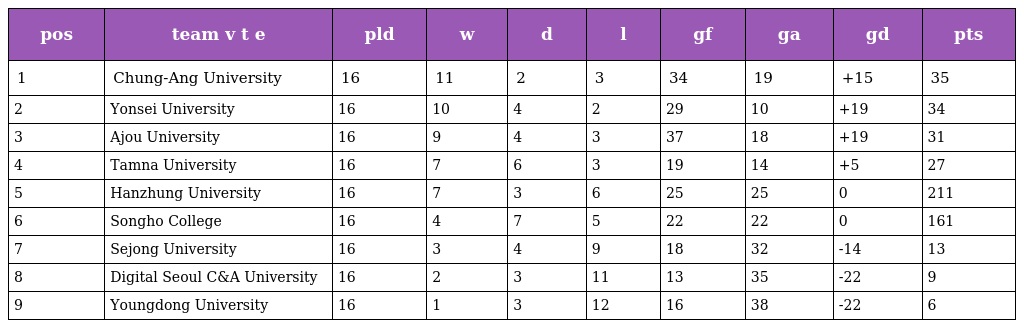
| pos | team v t e | pld | w | d | l | gf | ga | gd | pts |
 | --- | --- | --- | --- | --- | --- | --- | --- | --- | --- |
 | 1 | Chung-Ang University | 16 | 11 | 2 | 3 | 34 | 19 | +15 | 35 |
 | 2 | Yonsei University | 16 | 10 | 4 | 2 | 29 | 10 | +19 | 34 |
 | 3 | Ajou University | 16 | 9 | 4 | 3 | 37 | 18 | +19 | 31 |
 | 4 | Tamna University | 16 | 7 | 6 | 3 | 19 | 14 | +5 | 27 |
 | 5 | Hanzhung University | 16 | 7 | 3 | 6 | 25 | 25 | 0 | 211 |
 | 6 | Songho College | 16 | 4 | 7 | 5 | 22 | 22 | 0 | 161 |
 | 7 | Sejong University | 16 | 3 | 4 | 9 | 18 | 32 | -14 | 13 |
 | 8 | Digital Seoul C&A University | 16 | 2 | 3 | 11 | 13 | 35 | -22 | 9 |
 | 9 | Youngdong University | 16 | 1 | 3 | 12 | 16 | 38 | -22 | 6 |